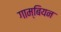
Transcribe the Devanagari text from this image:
गाम्बियन